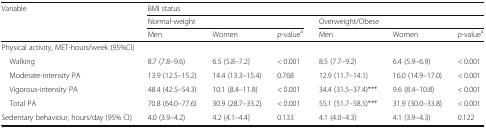
<table><thead><tr><td rowspan="3"><b>Variable</b></td><td colspan="6"><b>BMI status</b></td></tr><tr><td colspan="3"><b>Normal-weight</b></td><td colspan="3"><b>Overweight/Obese</b></td></tr><tr><td><b>Men</b></td><td><b>Women</b></td><td><b><i>p</i>-value<sup>a</sup></b></td><td><b>Men</b></td><td><b>Women</b></td><td><b><i>p</i>-value<sup>a</sup></b></td></tr></thead><tbody><tr><td colspan="7">Physical activity, MET-hours/week (95%CI)</td></tr><tr><td> Walking</td><td>8.7 (7.8–9.6)</td><td>6.5 (5.8–7.2)</td><td>&lt; 0.001</td><td>8.5 (7.7–9.2)</td><td>6.4 (5.9–6.9)</td><td>&lt; 0.001</td></tr><tr><td> Moderate-intensity PA</td><td>13.9 (12.5–15.2)</td><td>14.4 (13.3–15.4)</td><td>0.768</td><td>12.9 (11.7–14.1)</td><td>16.0 (14.9–17.0)</td><td>&lt; 0.001</td></tr><tr><td> Vigorous-intensity PA</td><td>48.4 (42.5–54.3)</td><td>10.1 (8.4–11.8)</td><td>&lt; 0.001</td><td>34.4 (31.5–37.4)***</td><td>9.6 (8.4–10.8)</td><td>&lt; 0.001</td></tr><tr><td> Total PA</td><td>70.8 (64.0–77.6)</td><td>30.9 (28.7–33.2)</td><td>&lt; 0.001</td><td>55.1 (51.7–58.5)***</td><td>31.9 (30.0–33.8)</td><td>&lt; 0.001</td></tr><tr><td>Sedentary behaviour, hours/day (95% CI)</td><td>4.0 (3.9–4.2)</td><td>4.2 (4.1–4.4)</td><td>0.133</td><td>4.1 (4.0–4.3)</td><td>4.1 (3.9–4.3)</td><td>0.122</td></tr></tbody></table>